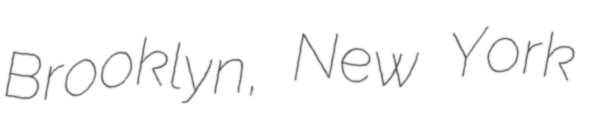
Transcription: Brooklyn, New York